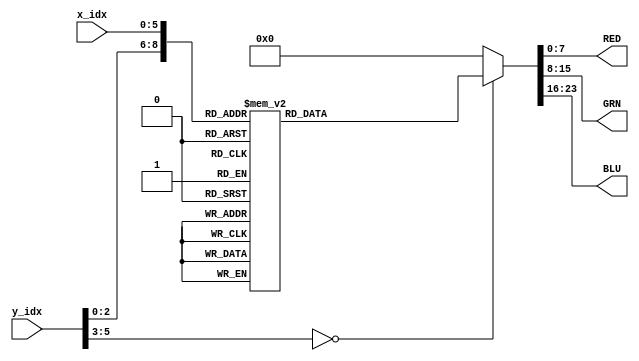
module mario_stand_16x32_rom(
    input  [5:0] x_idx,
    input  [5:0] y_idx,
    output reg [7:0] RED,
    output reg [7:0] GRN,
    output reg [7:0] BLU);
always @ (*)
    case ({y_idx,x_idx})
        0:
begin
RED=8'hff;
GRN=8'hff;
BLU=8'hf6;
end
1:
begin
RED=8'hff;
GRN=8'hff;
BLU=8'hf6;
end
2:
begin
RED=8'hff;
GRN=8'hff;
BLU=8'hf8;
end
3:
begin
RED=8'hff;
GRN=8'hff;
BLU=8'hf3;
end
4:
begin
RED=8'hfd;
GRN=8'hf7;
BLU=8'hdd;
end
5:
begin
RED=8'hff;
GRN=8'hff;
BLU=8'hda;
end
6:
begin
RED=8'hf1;
GRN=8'hdf;
BLU=8'haf;
end
7:
begin
RED=8'hf8;
GRN=8'he1;
BLU=8'hab;
end
8:
begin
RED=8'hf8;
GRN=8'hdd;
BLU=8'ha8;
end
9:
begin
RED=8'hff;
GRN=8'he9;
BLU=8'hbc;
end
10:
begin
RED=8'hea;
GRN=8'hd6;
BLU=8'hb5;
end
11:
begin
RED=8'hff;
GRN=8'hfd;
BLU=8'he8;
end
12:
begin
RED=8'hfb;
GRN=8'hf4;
BLU=8'hea;
end
13:
begin
RED=8'hff;
GRN=8'hff;
BLU=8'hfa;
end
14:
begin
RED=8'hff;
GRN=8'hff;
BLU=8'hfa;
end
15:
begin
RED=8'hff;
GRN=8'hff;
BLU=8'hfa;
end
16:
begin
RED=8'hfb;
GRN=8'hfc;
BLU=8'hf4;
end
17:
begin
RED=8'hff;
GRN=8'hff;
BLU=8'hf6;
end
18:
begin
RED=8'hf8;
GRN=8'hf4;
BLU=8'he9;
end
19:
begin
RED=8'hff;
GRN=8'hfe;
BLU=8'hed;
end
20:
begin
RED=8'hfa;
GRN=8'heb;
BLU=8'hce;
end
21:
begin
RED=8'hf2;
GRN=8'hdf;
BLU=8'hb5;
end
22:
begin
RED=8'hff;
GRN=8'he8;
BLU=8'hb2;
end
23:
begin
RED=8'hfa;
GRN=8'he0;
BLU=8'ha3;
end
24:
begin
RED=8'hff;
GRN=8'he6;
BLU=8'haa;
end
25:
begin
RED=8'he8;
GRN=8'hc8;
BLU=8'h95;
end
26:
begin
RED=8'hd6;
GRN=8'hba;
BLU=8'h95;
end
27:
begin
RED=8'hff;
GRN=8'hfa;
BLU=8'he1;
end
28:
begin
RED=8'hff;
GRN=8'hff;
BLU=8'hef;
end
29:
begin
RED=8'hff;
GRN=8'hff;
BLU=8'hf8;
end
30:
begin
RED=8'hff;
GRN=8'hff;
BLU=8'hfa;
end
31:
begin
RED=8'hfe;
GRN=8'hff;
BLU=8'hfb;
end
32:
begin
RED=8'hfe;
GRN=8'hff;
BLU=8'hfa;
end
33:
begin
RED=8'hff;
GRN=8'hff;
BLU=8'hf4;
end
34:
begin
RED=8'hff;
GRN=8'hfc;
BLU=8'he9;
end
35:
begin
RED=8'hf2;
GRN=8'he2;
BLU=8'hc8;
end
36:
begin
RED=8'hfb;
GRN=8'hde;
BLU=8'hb6;
end
37:
begin
RED=8'hf9;
GRN=8'hd5;
BLU=8'ha1;
end
38:
begin
RED=8'hff;
GRN=8'hdf;
BLU=8'h9d;
end
39:
begin
RED=8'hff;
GRN=8'he6;
BLU=8'h9e;
end
40:
begin
RED=8'hfd;
GRN=8'hd8;
BLU=8'h91;
end
41:
begin
RED=8'hdf;
GRN=8'hb7;
BLU=8'h79;
end
42:
begin
RED=8'hd7;
GRN=8'haf;
BLU=8'h7e;
end
43:
begin
RED=8'hff;
GRN=8'he2;
BLU=8'hbe;
end
44:
begin
RED=8'hff;
GRN=8'hfb;
BLU=8'he2;
end
45:
begin
RED=8'hfa;
GRN=8'hfb;
BLU=8'hed;
end
46:
begin
RED=8'hfc;
GRN=8'hff;
BLU=8'hfb;
end
47:
begin
RED=8'hfb;
GRN=8'hff;
BLU=8'hff;
end
48:
begin
RED=8'hff;
GRN=8'hff;
BLU=8'hfa;
end
49:
begin
RED=8'hfe;
GRN=8'hfa;
BLU=8'hee;
end
50:
begin
RED=8'hff;
GRN=8'hfc;
BLU=8'he4;
end
51:
begin
RED=8'hea;
GRN=8'hc8;
BLU=8'ha3;
end
52:
begin
RED=8'hff;
GRN=8'hcc;
BLU=8'h9d;
end
53:
begin
RED=8'hff;
GRN=8'hdc;
BLU=8'ha1;
end
54:
begin
RED=8'hff;
GRN=8'hd2;
BLU=8'h8c;
end
55:
begin
RED=8'hff;
GRN=8'hd4;
BLU=8'h87;
end
56:
begin
RED=8'hff;
GRN=8'hcc;
BLU=8'h81;
end
57:
begin
RED=8'hff;
GRN=8'hd4;
BLU=8'h8f;
end
58:
begin
RED=8'hff;
GRN=8'hcf;
BLU=8'h94;
end
59:
begin
RED=8'hff;
GRN=8'hd6;
BLU=8'ha5;
end
60:
begin
RED=8'hff;
GRN=8'hf2;
BLU=8'hcd;
end
61:
begin
RED=8'hf3;
GRN=8'hed;
BLU=8'hd5;
end
62:
begin
RED=8'hfd;
GRN=8'hfd;
BLU=8'hf5;
end
63:
begin
RED=8'hfe;
GRN=8'hff;
BLU=8'hff;
end
64:
begin
RED=8'hff;
GRN=8'hfe;
BLU=8'hf8;
end
65:
begin
RED=8'hff;
GRN=8'hf5;
BLU=8'he7;
end
66:
begin
RED=8'hf6;
GRN=8'hcf;
BLU=8'hb0;
end
67:
begin
RED=8'hbb;
GRN=8'h7e;
BLU=8'h51;
end
68:
begin
RED=8'ha9;
GRN=8'h54;
BLU=8'h1b;
end
69:
begin
RED=8'hb0;
GRN=8'h51;
BLU=8'h11;
end
70:
begin
RED=8'hf2;
GRN=8'h95;
BLU=8'h50;
end
71:
begin
RED=8'hff;
GRN=8'ha4;
BLU=8'h5d;
end
72:
begin
RED=8'hb9;
GRN=8'h63;
BLU=8'h1a;
end
73:
begin
RED=8'he3;
GRN=8'h93;
BLU=8'h4a;
end
74:
begin
RED=8'hf5;
GRN=8'hab;
BLU=8'h62;
end
75:
begin
RED=8'hf2;
GRN=8'hb5;
BLU=8'h74;
end
76:
begin
RED=8'hff;
GRN=8'hdb;
BLU=8'ha4;
end
77:
begin
RED=8'hff;
GRN=8'he9;
BLU=8'hc3;
end
78:
begin
RED=8'hff;
GRN=8'hfc;
BLU=8'hec;
end
79:
begin
RED=8'hff;
GRN=8'hfc;
BLU=8'hf6;
end
80:
begin
RED=8'hff;
GRN=8'hf9;
BLU=8'hf1;
end
81:
begin
RED=8'hff;
GRN=8'hf0;
BLU=8'hdc;
end
82:
begin
RED=8'had;
GRN=8'h6f;
BLU=8'h48;
end
83:
begin
RED=8'hd5;
GRN=8'h7e;
BLU=8'h48;
end
84:
begin
RED=8'hff;
GRN=8'h94;
BLU=8'h53;
end
85:
begin
RED=8'hce;
GRN=8'h59;
BLU=8'h13;
end
86:
begin
RED=8'hff;
GRN=8'h97;
BLU=8'h51;
end
87:
begin
RED=8'hfd;
GRN=8'h8e;
BLU=8'h49;
end
88:
begin
RED=8'hb1;
GRN=8'h49;
BLU=8'h2;
end
89:
begin
RED=8'hd4;
GRN=8'h70;
BLU=8'h24;
end
90:
begin
RED=8'he9;
GRN=8'h8e;
BLU=8'h3d;
end
91:
begin
RED=8'hf1;
GRN=8'ha2;
BLU=8'h53;
end
92:
begin
RED=8'he9;
GRN=8'had;
BLU=8'h67;
end
93:
begin
RED=8'he8;
GRN=8'hbd;
BLU=8'h8a;
end
94:
begin
RED=8'hfc;
GRN=8'he2;
BLU=8'hc7;
end
95:
begin
RED=8'hff;
GRN=8'hfc;
BLU=8'hed;
end
96:
begin
RED=8'hff;
GRN=8'hf6;
BLU=8'he5;
end
97:
begin
RED=8'hff;
GRN=8'hd9;
BLU=8'hbc;
end
98:
begin
RED=8'hb5;
GRN=8'h5f;
BLU=8'h2e;
end
99:
begin
RED=8'hff;
GRN=8'h93;
BLU=8'h52;
end
100:
begin
RED=8'hff;
GRN=8'h9b;
BLU=8'h4f;
end
101:
begin
RED=8'hb6;
GRN=8'h3b;
BLU=8'h0;
end
102:
begin
RED=8'hd0;
GRN=8'h5a;
BLU=8'h12;
end
103:
begin
RED=8'hff;
GRN=8'h8d;
BLU=8'h47;
end
104:
begin
RED=8'hff;
GRN=8'h91;
BLU=8'h4b;
end
105:
begin
RED=8'hff;
GRN=8'h96;
BLU=8'h49;
end
106:
begin
RED=8'hf7;
GRN=8'h8d;
BLU=8'h35;
end
107:
begin
RED=8'hff;
GRN=8'ha7;
BLU=8'h4e;
end
108:
begin
RED=8'hf0;
GRN=8'h99;
BLU=8'h4a;
end
109:
begin
RED=8'hde;
GRN=8'h9c;
BLU=8'h5f;
end
110:
begin
RED=8'hda;
GRN=8'hb8;
BLU=8'h92;
end
111:
begin
RED=8'hff;
GRN=8'hf3;
BLU=8'hd6;
end
112:
begin
RED=8'hff;
GRN=8'he5;
BLU=8'hcf;
end
113:
begin
RED=8'ha3;
GRN=8'h6b;
BLU=8'h4a;
end
114:
begin
RED=8'haa;
GRN=8'h46;
BLU=8'h12;
end
115:
begin
RED=8'hff;
GRN=8'h92;
BLU=8'h4e;
end
116:
begin
RED=8'hff;
GRN=8'h87;
BLU=8'h37;
end
117:
begin
RED=8'hd4;
GRN=8'h5a;
BLU=8'h7;
end
118:
begin
RED=8'hbf;
GRN=8'h4b;
BLU=8'h0;
end
119:
begin
RED=8'hff;
GRN=8'h93;
BLU=8'h4a;
end
120:
begin
RED=8'hff;
GRN=8'h98;
BLU=8'h50;
end
121:
begin
RED=8'hff;
GRN=8'h88;
BLU=8'h3c;
end
122:
begin
RED=8'hd9;
GRN=8'h5c;
BLU=8'h8;
end
123:
begin
RED=8'hff;
GRN=8'h88;
BLU=8'h35;
end
124:
begin
RED=8'hff;
GRN=8'h98;
BLU=8'h4d;
end
125:
begin
RED=8'hf3;
GRN=8'ha2;
BLU=8'h63;
end
126:
begin
RED=8'hd0;
GRN=8'ha9;
BLU=8'h80;
end
127:
begin
RED=8'hff;
GRN=8'hf4;
BLU=8'hd6;
end
128:
begin
RED=8'hff;
GRN=8'he1;
BLU=8'hce;
end
129:
begin
RED=8'h9c;
GRN=8'h57;
BLU=8'h3a;
end
130:
begin
RED=8'hb7;
GRN=8'h4b;
BLU=8'h1a;
end
131:
begin
RED=8'hff;
GRN=8'h89;
BLU=8'h47;
end
132:
begin
RED=8'hff;
GRN=8'h97;
BLU=8'h4a;
end
133:
begin
RED=8'hff;
GRN=8'h91;
BLU=8'h3d;
end
134:
begin
RED=8'hff;
GRN=8'h9c;
BLU=8'h48;
end
135:
begin
RED=8'hf7;
GRN=8'h8c;
BLU=8'h3c;
end
136:
begin
RED=8'hcd;
GRN=8'h58;
BLU=8'hb;
end
137:
begin
RED=8'hcd;
GRN=8'h4b;
BLU=8'h0;
end
138:
begin
RED=8'hd5;
GRN=8'h45;
BLU=8'h0;
end
139:
begin
RED=8'hd5;
GRN=8'h46;
BLU=8'h4;
end
140:
begin
RED=8'hcb;
GRN=8'h4a;
BLU=8'h10;
end
141:
begin
RED=8'haa;
GRN=8'h4b;
BLU=8'h1b;
end
142:
begin
RED=8'hff;
GRN=8'hf5;
BLU=8'hd5;
end
143:
begin
RED=8'hff;
GRN=8'hf4;
BLU=8'hdb;
end
144:
begin
RED=8'hff;
GRN=8'he6;
BLU=8'hd7;
end
145:
begin
RED=8'ha1;
GRN=8'h65;
BLU=8'h4d;
end
146:
begin
RED=8'hb6;
GRN=8'h5d;
BLU=8'h33;
end
147:
begin
RED=8'hb9;
GRN=8'h50;
BLU=8'h16;
end
148:
begin
RED=8'hf1;
GRN=8'h85;
BLU=8'h3d;
end
149:
begin
RED=8'hff;
GRN=8'ha1;
BLU=8'h51;
end
150:
begin
RED=8'hfa;
GRN=8'h98;
BLU=8'h41;
end
151:
begin
RED=8'hff;
GRN=8'ha5;
BLU=8'h4d;
end
152:
begin
RED=8'hf7;
GRN=8'h84;
BLU=8'h33;
end
153:
begin
RED=8'hd8;
GRN=8'h58;
BLU=8'hf;
end
154:
begin
RED=8'hdc;
GRN=8'h4c;
BLU=8'hf;
end
155:
begin
RED=8'hd6;
GRN=8'h4d;
BLU=8'h17;
end
156:
begin
RED=8'hbc;
GRN=8'h4c;
BLU=8'h1e;
end
157:
begin
RED=8'hc0;
GRN=8'h72;
BLU=8'h4e;
end
158:
begin
RED=8'hfe;
GRN=8'hde;
BLU=8'hc9;
end
159:
begin
RED=8'hff;
GRN=8'hfe;
BLU=8'hef;
end
160:
begin
RED=8'hff;
GRN=8'hf6;
BLU=8'hef;
end
161:
begin
RED=8'hff;
GRN=8'hf1;
BLU=8'he0;
end
162:
begin
RED=8'hff;
GRN=8'hdb;
BLU=8'hb8;
end
163:
begin
RED=8'ha1;
GRN=8'h65;
BLU=8'h33;
end
164:
begin
RED=8'hbf;
GRN=8'h70;
BLU=8'h35;
end
165:
begin
RED=8'hee;
GRN=8'h96;
BLU=8'h4e;
end
166:
begin
RED=8'hfd;
GRN=8'ha1;
BLU=8'h4c;
end
167:
begin
RED=8'hfa;
GRN=8'h97;
BLU=8'h3c;
end
168:
begin
RED=8'hff;
GRN=8'ha4;
BLU=8'h4f;
end
169:
begin
RED=8'hff;
GRN=8'h93;
BLU=8'h48;
end
170:
begin
RED=8'hef;
GRN=8'h7b;
BLU=8'h42;
end
171:
begin
RED=8'hff;
GRN=8'h9f;
BLU=8'h73;
end
172:
begin
RED=8'he6;
GRN=8'ha2;
BLU=8'h7b;
end
173:
begin
RED=8'hf7;
GRN=8'hd4;
BLU=8'hb8;
end
174:
begin
RED=8'hff;
GRN=8'hfe;
BLU=8'hf3;
end
175:
begin
RED=8'hf9;
GRN=8'hff;
BLU=8'hfb;
end
176:
begin
RED=8'hff;
GRN=8'hff;
BLU=8'hfd;
end
177:
begin
RED=8'hff;
GRN=8'hf7;
BLU=8'hec;
end
178:
begin
RED=8'hff;
GRN=8'hfb;
BLU=8'hdf;
end
179:
begin
RED=8'hff;
GRN=8'hdf;
BLU=8'hb5;
end
180:
begin
RED=8'hf2;
GRN=8'hb3;
BLU=8'h80;
end
181:
begin
RED=8'hfe;
GRN=8'haa;
BLU=8'h6a;
end
182:
begin
RED=8'hff;
GRN=8'h9f;
BLU=8'h51;
end
183:
begin
RED=8'hff;
GRN=8'h97;
BLU=8'h41;
end
184:
begin
RED=8'hff;
GRN=8'h88;
BLU=8'h36;
end
185:
begin
RED=8'hf6;
GRN=8'h84;
BLU=8'h3d;
end
186:
begin
RED=8'he3;
GRN=8'h80;
BLU=8'h49;
end
187:
begin
RED=8'hff;
GRN=8'hc5;
BLU=8'h9b;
end
188:
begin
RED=8'hff;
GRN=8'hf6;
BLU=8'hd3;
end
189:
begin
RED=8'hff;
GRN=8'hfc;
BLU=8'he4;
end
190:
begin
RED=8'hfe;
GRN=8'hfd;
BLU=8'hf8;
end
191:
begin
RED=8'hf6;
GRN=8'hfe;
BLU=8'hff;
end
192:
begin
RED=8'hfe;
GRN=8'hff;
BLU=8'hff;
end
193:
begin
RED=8'hef;
GRN=8'he6;
BLU=8'hdf;
end
194:
begin
RED=8'hff;
GRN=8'hf9;
BLU=8'he3;
end
195:
begin
RED=8'hff;
GRN=8'hd5;
BLU=8'hb1;
end
196:
begin
RED=8'hc1;
GRN=8'h7d;
BLU=8'h50;
end
197:
begin
RED=8'hff;
GRN=8'hab;
BLU=8'h75;
end
198:
begin
RED=8'hce;
GRN=8'h51;
BLU=8'hf;
end
199:
begin
RED=8'hd1;
GRN=8'h42;
BLU=8'h0;
end
200:
begin
RED=8'hdc;
GRN=8'h4c;
BLU=8'h6;
end
201:
begin
RED=8'hd7;
GRN=8'h57;
BLU=8'h16;
end
202:
begin
RED=8'hee;
GRN=8'h93;
BLU=8'h5c;
end
203:
begin
RED=8'hbd;
GRN=8'h7d;
BLU=8'h4f;
end
204:
begin
RED=8'hfd;
GRN=8'hd1;
BLU=8'hac;
end
205:
begin
RED=8'hff;
GRN=8'hfa;
BLU=8'he1;
end
206:
begin
RED=8'hf6;
GRN=8'he9;
BLU=8'he3;
end
207:
begin
RED=8'hff;
GRN=8'hfd;
BLU=8'hff;
end
208:
begin
RED=8'hfc;
GRN=8'hf4;
BLU=8'hf1;
end
209:
begin
RED=8'hff;
GRN=8'hf9;
BLU=8'hef;
end
210:
begin
RED=8'hff;
GRN=8'hcc;
BLU=8'hb5;
end
211:
begin
RED=8'hb3;
GRN=8'h69;
BLU=8'h46;
end
212:
begin
RED=8'h95;
GRN=8'h44;
BLU=8'h17;
end
213:
begin
RED=8'hff;
GRN=8'hbf;
BLU=8'h89;
end
214:
begin
RED=8'hd9;
GRN=8'h4d;
BLU=8'h12;
end
215:
begin
RED=8'he4;
GRN=8'h41;
BLU=8'h6;
end
216:
begin
RED=8'hda;
GRN=8'h37;
BLU=8'h0;
end
217:
begin
RED=8'hdc;
GRN=8'h50;
BLU=8'h15;
end
218:
begin
RED=8'hff;
GRN=8'hb9;
BLU=8'h82;
end
219:
begin
RED=8'h95;
GRN=8'h4d;
BLU=8'h1b;
end
220:
begin
RED=8'hb2;
GRN=8'h6d;
BLU=8'h46;
end
221:
begin
RED=8'hff;
GRN=8'hcb;
BLU=8'hb2;
end
222:
begin
RED=8'hff;
GRN=8'hf7;
BLU=8'hed;
end
223:
begin
RED=8'hff;
GRN=8'hfa;
BLU=8'hf8;
end
224:
begin
RED=8'hff;
GRN=8'hf4;
BLU=8'he6;
end
225:
begin
RED=8'hff;
GRN=8'hd0;
BLU=8'hbc;
end
226:
begin
RED=8'hc8;
GRN=8'h5c;
BLU=8'h3f;
end
227:
begin
RED=8'hc0;
GRN=8'h46;
BLU=8'h1d;
end
228:
begin
RED=8'hc7;
GRN=8'h64;
BLU=8'h2b;
end
229:
begin
RED=8'hff;
GRN=8'hb0;
BLU=8'h72;
end
230:
begin
RED=8'hcd;
GRN=8'h38;
BLU=8'h0;
end
231:
begin
RED=8'hf2;
GRN=8'h48;
BLU=8'h14;
end
232:
begin
RED=8'hee;
GRN=8'h40;
BLU=8'he;
end
233:
begin
RED=8'hd8;
GRN=8'h3c;
BLU=8'h9;
end
234:
begin
RED=8'hff;
GRN=8'hb2;
BLU=8'h78;
end
235:
begin
RED=8'hbc;
GRN=8'h57;
BLU=8'h21;
end
236:
begin
RED=8'hb5;
GRN=8'h3e;
BLU=8'h14;
end
237:
begin
RED=8'hcd;
GRN=8'h64;
BLU=8'h47;
end
238:
begin
RED=8'hff;
GRN=8'hcf;
BLU=8'hbb;
end
239:
begin
RED=8'hff;
GRN=8'hf2;
BLU=8'he4;
end
240:
begin
RED=8'hff;
GRN=8'hdf;
BLU=8'hc5;
end
241:
begin
RED=8'hb4;
GRN=8'h5f;
BLU=8'h42;
end
242:
begin
RED=8'hc7;
GRN=8'h41;
BLU=8'h1b;
end
243:
begin
RED=8'hd1;
GRN=8'h45;
BLU=8'h14;
end
244:
begin
RED=8'hb8;
GRN=8'h51;
BLU=8'h16;
end
245:
begin
RED=8'hff;
GRN=8'hb8;
BLU=8'h7a;
end
246:
begin
RED=8'hdc;
GRN=8'h4b;
BLU=8'h14;
end
247:
begin
RED=8'he4;
GRN=8'h3c;
BLU=8'hb;
end
248:
begin
RED=8'hea;
GRN=8'h3e;
BLU=8'he;
end
249:
begin
RED=8'hd8;
GRN=8'h3e;
BLU=8'hc;
end
250:
begin
RED=8'hff;
GRN=8'hbb;
BLU=8'h83;
end
251:
begin
RED=8'hbe;
GRN=8'h53;
BLU=8'h1b;
end
252:
begin
RED=8'hd1;
GRN=8'h44;
BLU=8'h17;
end
253:
begin
RED=8'hc3;
GRN=8'h3f;
BLU=8'h19;
end
254:
begin
RED=8'hae;
GRN=8'h5d;
BLU=8'h40;
end
255:
begin
RED=8'hff;
GRN=8'he2;
BLU=8'hc7;
end
256:
begin
RED=8'hff;
GRN=8'hc8;
BLU=8'ha1;
end
257:
begin
RED=8'hc3;
GRN=8'h52;
BLU=8'h28;
end
258:
begin
RED=8'hd1;
GRN=8'h43;
BLU=8'h13;
end
259:
begin
RED=8'hca;
GRN=8'h47;
BLU=8'h11;
end
260:
begin
RED=8'hff;
GRN=8'hca;
BLU=8'h91;
end
261:
begin
RED=8'hff;
GRN=8'hc2;
BLU=8'h89;
end
262:
begin
RED=8'hce;
GRN=8'h48;
BLU=8'h13;
end
263:
begin
RED=8'he0;
GRN=8'h44;
BLU=8'h11;
end
264:
begin
RED=8'he3;
GRN=8'h46;
BLU=8'h13;
end
265:
begin
RED=8'hd0;
GRN=8'h48;
BLU=8'h16;
end
266:
begin
RED=8'hff;
GRN=8'hc0;
BLU=8'h8b;
end
267:
begin
RED=8'hff;
GRN=8'hc8;
BLU=8'h93;
end
268:
begin
RED=8'hcc;
GRN=8'h46;
BLU=8'h13;
end
269:
begin
RED=8'hd1;
GRN=8'h45;
BLU=8'h14;
end
270:
begin
RED=8'hc4;
GRN=8'h53;
BLU=8'h2b;
end
271:
begin
RED=8'hff;
GRN=8'hc9;
BLU=8'ha2;
end
272:
begin
RED=8'hd8;
GRN=8'h51;
BLU=8'h24;
end
273:
begin
RED=8'hd0;
GRN=8'h44;
BLU=8'h13;
end
274:
begin
RED=8'hde;
GRN=8'h47;
BLU=8'h10;
end
275:
begin
RED=8'hc9;
GRN=8'h47;
BLU=8'hd;
end
276:
begin
RED=8'hff;
GRN=8'hc7;
BLU=8'h8f;
end
277:
begin
RED=8'hff;
GRN=8'hc3;
BLU=8'h8c;
end
278:
begin
RED=8'hc8;
GRN=8'h60;
BLU=8'h29;
end
279:
begin
RED=8'hc1;
GRN=8'h48;
BLU=8'h11;
end
280:
begin
RED=8'hc2;
GRN=8'h49;
BLU=8'h12;
end
281:
begin
RED=8'hc8;
GRN=8'h60;
BLU=8'h29;
end
282:
begin
RED=8'hff;
GRN=8'hc3;
BLU=8'h8c;
end
283:
begin
RED=8'hff;
GRN=8'hc7;
BLU=8'h8f;
end
284:
begin
RED=8'hc9;
GRN=8'h47;
BLU=8'hd;
end
285:
begin
RED=8'hde;
GRN=8'h47;
BLU=8'h10;
end
286:
begin
RED=8'hd0;
GRN=8'h44;
BLU=8'h13;
end
287:
begin
RED=8'hd9;
GRN=8'h52;
BLU=8'h23;
end
288:
begin
RED=8'hd8;
GRN=8'h38;
BLU=8'h6;
end
289:
begin
RED=8'he9;
GRN=8'h48;
BLU=8'h12;
end
290:
begin
RED=8'hdf;
GRN=8'h3b;
BLU=8'h0;
end
291:
begin
RED=8'hd5;
GRN=8'h4d;
BLU=8'h11;
end
292:
begin
RED=8'hff;
GRN=8'hce;
BLU=8'h95;
end
293:
begin
RED=8'hff;
GRN=8'hda;
BLU=8'ha2;
end
294:
begin
RED=8'hff;
GRN=8'hcb;
BLU=8'h8f;
end
295:
begin
RED=8'hff;
GRN=8'hcc;
BLU=8'h8f;
end
296:
begin
RED=8'hff;
GRN=8'hcc;
BLU=8'h8f;
end
297:
begin
RED=8'hff;
GRN=8'hca;
BLU=8'h8e;
end
298:
begin
RED=8'hff;
GRN=8'hda;
BLU=8'ha2;
end
299:
begin
RED=8'hff;
GRN=8'hcd;
BLU=8'h94;
end
300:
begin
RED=8'hd4;
GRN=8'h4c;
BLU=8'h10;
end
301:
begin
RED=8'hde;
GRN=8'h3a;
BLU=8'h0;
end
302:
begin
RED=8'he9;
GRN=8'h48;
BLU=8'h12;
end
303:
begin
RED=8'hd8;
GRN=8'h38;
BLU=8'h4;
end
304:
begin
RED=8'he5;
GRN=8'h4a;
BLU=8'h11;
end
305:
begin
RED=8'he2;
GRN=8'h49;
BLU=8'hd;
end
306:
begin
RED=8'hd2;
GRN=8'h3a;
BLU=8'h0;
end
307:
begin
RED=8'hd8;
GRN=8'h5d;
BLU=8'h1a;
end
308:
begin
RED=8'hf9;
GRN=8'hb9;
BLU=8'h7c;
end
309:
begin
RED=8'hdf;
GRN=8'hbb;
BLU=8'h81;
end
310:
begin
RED=8'hf6;
GRN=8'hd4;
BLU=8'h97;
end
311:
begin
RED=8'hff;
GRN=8'he1;
BLU=8'ha2;
end
312:
begin
RED=8'hff;
GRN=8'he1;
BLU=8'ha2;
end
313:
begin
RED=8'hf6;
GRN=8'hd4;
BLU=8'h97;
end
314:
begin
RED=8'hde;
GRN=8'hba;
BLU=8'h80;
end
315:
begin
RED=8'hf8;
GRN=8'hb8;
BLU=8'h7b;
end
316:
begin
RED=8'hd7;
GRN=8'h5c;
BLU=8'h19;
end
317:
begin
RED=8'hd1;
GRN=8'h39;
BLU=8'h0;
end
318:
begin
RED=8'he1;
GRN=8'h48;
BLU=8'hc;
end
319:
begin
RED=8'he4;
GRN=8'h4b;
BLU=8'h11;
end
320:
begin
RED=8'hff;
GRN=8'h8c;
BLU=8'h4b;
end
321:
begin
RED=8'hff;
GRN=8'h95;
BLU=8'h4f;
end
322:
begin
RED=8'hff;
GRN=8'h9a;
BLU=8'h4b;
end
323:
begin
RED=8'hff;
GRN=8'ha7;
BLU=8'h59;
end
324:
begin
RED=8'hff;
GRN=8'hdb;
BLU=8'h99;
end
325:
begin
RED=8'hfc;
GRN=8'hdc;
BLU=8'ha1;
end
326:
begin
RED=8'hff;
GRN=8'he5;
BLU=8'hab;
end
327:
begin
RED=8'hff;
GRN=8'he3;
BLU=8'ha9;
end
328:
begin
RED=8'hff;
GRN=8'he2;
BLU=8'ha8;
end
329:
begin
RED=8'hff;
GRN=8'he4;
BLU=8'haa;
end
330:
begin
RED=8'hfb;
GRN=8'hdb;
BLU=8'ha0;
end
331:
begin
RED=8'hff;
GRN=8'hdb;
BLU=8'h99;
end
332:
begin
RED=8'hff;
GRN=8'ha7;
BLU=8'h59;
end
333:
begin
RED=8'hff;
GRN=8'h99;
BLU=8'h4a;
end
334:
begin
RED=8'hff;
GRN=8'h94;
BLU=8'h4e;
end
335:
begin
RED=8'hfd;
GRN=8'h8c;
BLU=8'h4a;
end
336:
begin
RED=8'hf9;
GRN=8'hab;
BLU=8'h69;
end
337:
begin
RED=8'hf1;
GRN=8'ha3;
BLU=8'h5b;
end
338:
begin
RED=8'hf1;
GRN=8'h9e;
BLU=8'h4e;
end
339:
begin
RED=8'he4;
GRN=8'h9d;
BLU=8'h4d;
end
340:
begin
RED=8'hfc;
GRN=8'hd1;
BLU=8'h8d;
end
341:
begin
RED=8'hff;
GRN=8'he2;
BLU=8'ha4;
end
342:
begin
RED=8'hfe;
GRN=8'hde;
BLU=8'ha5;
end
343:
begin
RED=8'hff;
GRN=8'hdf;
BLU=8'ha6;
end
344:
begin
RED=8'hff;
GRN=8'hde;
BLU=8'ha8;
end
345:
begin
RED=8'hfd;
GRN=8'hdd;
BLU=8'ha4;
end
346:
begin
RED=8'hff;
GRN=8'he2;
BLU=8'ha4;
end
347:
begin
RED=8'hfc;
GRN=8'hd1;
BLU=8'h8d;
end
348:
begin
RED=8'he4;
GRN=8'h9d;
BLU=8'h4d;
end
349:
begin
RED=8'hf1;
GRN=8'h9e;
BLU=8'h4e;
end
350:
begin
RED=8'hf1;
GRN=8'ha3;
BLU=8'h5b;
end
351:
begin
RED=8'hf9;
GRN=8'hab;
BLU=8'h69;
end
352:
begin
RED=8'hff;
GRN=8'he6;
BLU=8'haf;
end
353:
begin
RED=8'he2;
GRN=8'hae;
BLU=8'h72;
end
354:
begin
RED=8'he2;
GRN=8'ha2;
BLU=8'h5a;
end
355:
begin
RED=8'hf1;
GRN=8'hb3;
BLU=8'h6a;
end
356:
begin
RED=8'hff;
GRN=8'hdd;
BLU=8'h9c;
end
357:
begin
RED=8'hff;
GRN=8'he4;
BLU=8'ha7;
end
358:
begin
RED=8'hf8;
GRN=8'hde;
BLU=8'ha3;
end
359:
begin
RED=8'hfb;
GRN=8'he2;
BLU=8'ha9;
end
360:
begin
RED=8'hfa;
GRN=8'he1;
BLU=8'ha9;
end
361:
begin
RED=8'hf8;
GRN=8'hde;
BLU=8'ha3;
end
362:
begin
RED=8'hff;
GRN=8'he5;
BLU=8'ha8;
end
363:
begin
RED=8'hff;
GRN=8'hde;
BLU=8'h9d;
end
364:
begin
RED=8'hf2;
GRN=8'hb4;
BLU=8'h6b;
end
365:
begin
RED=8'he3;
GRN=8'ha3;
BLU=8'h5b;
end
366:
begin
RED=8'he2;
GRN=8'hae;
BLU=8'h72;
end
367:
begin
RED=8'hff;
GRN=8'he5;
BLU=8'hae;
end
368:
begin
RED=8'hff;
GRN=8'hf8;
BLU=8'hcb;
end
369:
begin
RED=8'hca;
GRN=8'hac;
BLU=8'h78;
end
370:
begin
RED=8'hde;
GRN=8'hac;
BLU=8'h6d;
end
371:
begin
RED=8'hff;
GRN=8'hd0;
BLU=8'h8c;
end
372:
begin
RED=8'hff;
GRN=8'hdf;
BLU=8'ha1;
end
373:
begin
RED=8'hfc;
GRN=8'hdd;
BLU=8'ha4;
end
374:
begin
RED=8'hfe;
GRN=8'he4;
BLU=8'hb1;
end
375:
begin
RED=8'hf9;
GRN=8'he3;
BLU=8'hb1;
end
376:
begin
RED=8'hf9;
GRN=8'he3;
BLU=8'hb2;
end
377:
begin
RED=8'hfe;
GRN=8'he4;
BLU=8'hb1;
end
378:
begin
RED=8'hfd;
GRN=8'hde;
BLU=8'ha5;
end
379:
begin
RED=8'hff;
GRN=8'he0;
BLU=8'ha2;
end
380:
begin
RED=8'hff;
GRN=8'hd1;
BLU=8'h8d;
end
381:
begin
RED=8'hdf;
GRN=8'had;
BLU=8'h6e;
end
382:
begin
RED=8'hcb;
GRN=8'had;
BLU=8'h79;
end
383:
begin
RED=8'hff;
GRN=8'hf8;
BLU=8'hcb;
end
384:
begin
RED=8'hff;
GRN=8'hfd;
BLU=8'hdd;
end
385:
begin
RED=8'hff;
GRN=8'hf8;
BLU=8'hcf;
end
386:
begin
RED=8'hff;
GRN=8'hdc;
BLU=8'ha4;
end
387:
begin
RED=8'hff;
GRN=8'hdd;
BLU=8'h9f;
end
388:
begin
RED=8'hff;
GRN=8'he8;
BLU=8'hac;
end
389:
begin
RED=8'hf6;
GRN=8'hdc;
BLU=8'ha9;
end
390:
begin
RED=8'hf1;
GRN=8'hd8;
BLU=8'hb0;
end
391:
begin
RED=8'hfc;
GRN=8'he2;
BLU=8'hbf;
end
392:
begin
RED=8'hfb;
GRN=8'he1;
BLU=8'hc0;
end
393:
begin
RED=8'hf4;
GRN=8'hdb;
BLU=8'hb3;
end
394:
begin
RED=8'hf7;
GRN=8'hdd;
BLU=8'haa;
end
395:
begin
RED=8'hff;
GRN=8'he6;
BLU=8'haa;
end
396:
begin
RED=8'hff;
GRN=8'hde;
BLU=8'ha0;
end
397:
begin
RED=8'hfe;
GRN=8'hdb;
BLU=8'ha3;
end
398:
begin
RED=8'hff;
GRN=8'hf5;
BLU=8'hcc;
end
399:
begin
RED=8'hff;
GRN=8'hfe;
BLU=8'hde;
end
400:
begin
RED=8'hff;
GRN=8'hff;
BLU=8'he7;
end
401:
begin
RED=8'hf4;
GRN=8'he9;
BLU=8'hc9;
end
402:
begin
RED=8'hff;
GRN=8'he2;
BLU=8'hb0;
end
403:
begin
RED=8'hfe;
GRN=8'hdb;
BLU=8'ha1;
end
404:
begin
RED=8'hfa;
GRN=8'he0;
BLU=8'ha7;
end
405:
begin
RED=8'hfc;
GRN=8'he6;
BLU=8'hb5;
end
406:
begin
RED=8'hfa;
GRN=8'he6;
BLU=8'hc5;
end
407:
begin
RED=8'hff;
GRN=8'hf9;
BLU=8'he0;
end
408:
begin
RED=8'hff;
GRN=8'hf7;
BLU=8'hde;
end
409:
begin
RED=8'hfd;
GRN=8'he9;
BLU=8'hc8;
end
410:
begin
RED=8'hfc;
GRN=8'he6;
BLU=8'hb5;
end
411:
begin
RED=8'hf9;
GRN=8'hdf;
BLU=8'ha6;
end
412:
begin
RED=8'hff;
GRN=8'hdc;
BLU=8'ha2;
end
413:
begin
RED=8'hff;
GRN=8'he1;
BLU=8'haf;
end
414:
begin
RED=8'hf2;
GRN=8'he7;
BLU=8'hc7;
end
415:
begin
RED=8'hff;
GRN=8'hff;
BLU=8'he8;
end
416:
begin
RED=8'hfd;
GRN=8'hf7;
BLU=8'he7;
end
417:
begin
RED=8'hed;
GRN=8'hdd;
BLU=8'hc3;
end
418:
begin
RED=8'hff;
GRN=8'he2;
BLU=8'hb6;
end
419:
begin
RED=8'hff;
GRN=8'hde;
BLU=8'ha8;
end
420:
begin
RED=8'hfb;
GRN=8'hdc;
BLU=8'ha5;
end
421:
begin
RED=8'hfd;
GRN=8'he8;
BLU=8'hb9;
end
422:
begin
RED=8'hfb;
GRN=8'hf2;
BLU=8'hd5;
end
423:
begin
RED=8'hff;
GRN=8'hff;
BLU=8'hea;
end
424:
begin
RED=8'hff;
GRN=8'hfd;
BLU=8'he8;
end
425:
begin
RED=8'hfc;
GRN=8'hf3;
BLU=8'hd6;
end
426:
begin
RED=8'hfd;
GRN=8'he8;
BLU=8'hb9;
end
427:
begin
RED=8'hfb;
GRN=8'hdc;
BLU=8'ha5;
end
428:
begin
RED=8'hff;
GRN=8'hde;
BLU=8'ha8;
end
429:
begin
RED=8'hff;
GRN=8'he2;
BLU=8'hb6;
end
430:
begin
RED=8'hec;
GRN=8'hdc;
BLU=8'hc2;
end
431:
begin
RED=8'hff;
GRN=8'hf9;
BLU=8'he9;
end
432:
begin
RED=8'hff;
GRN=8'hfe;
BLU=8'he9;
end
433:
begin
RED=8'hff;
GRN=8'he8;
BLU=8'hcc;
end
434:
begin
RED=8'hff;
GRN=8'hc9;
BLU=8'h9d;
end
435:
begin
RED=8'hff;
GRN=8'hc9;
BLU=8'h95;
end
436:
begin
RED=8'hff;
GRN=8'hc9;
BLU=8'h99;
end
437:
begin
RED=8'hfc;
GRN=8'hcf;
BLU=8'ha6;
end
438:
begin
RED=8'hff;
GRN=8'hfe;
BLU=8'he4;
end
439:
begin
RED=8'hff;
GRN=8'hff;
BLU=8'hef;
end
440:
begin
RED=8'hff;
GRN=8'hff;
BLU=8'hf1;
end
441:
begin
RED=8'hff;
GRN=8'hfe;
BLU=8'he4;
end
442:
begin
RED=8'hfc;
GRN=8'hcf;
BLU=8'ha6;
end
443:
begin
RED=8'hff;
GRN=8'hca;
BLU=8'h99;
end
444:
begin
RED=8'hff;
GRN=8'hc9;
BLU=8'h95;
end
445:
begin
RED=8'hff;
GRN=8'hc9;
BLU=8'h9d;
end
446:
begin
RED=8'hff;
GRN=8'he8;
BLU=8'hcc;
end
447:
begin
RED=8'hff;
GRN=8'hff;
BLU=8'hea;
end
448:
begin
RED=8'hff;
GRN=8'hfc;
BLU=8'hd9;
end
449:
begin
RED=8'hff;
GRN=8'hdc;
BLU=8'hb6;
end
450:
begin
RED=8'hb9;
GRN=8'h63;
BLU=8'h34;
end
451:
begin
RED=8'hc1;
GRN=8'h4e;
BLU=8'h1f;
end
452:
begin
RED=8'hc9;
GRN=8'h4f;
BLU=8'h26;
end
453:
begin
RED=8'hba;
GRN=8'h5b;
BLU=8'h3b;
end
454:
begin
RED=8'hff;
GRN=8'hea;
BLU=8'hd7;
end
455:
begin
RED=8'hff;
GRN=8'hf9;
BLU=8'heb;
end
456:
begin
RED=8'hfe;
GRN=8'hf8;
BLU=8'hec;
end
457:
begin
RED=8'hff;
GRN=8'he9;
BLU=8'hd5;
end
458:
begin
RED=8'hba;
GRN=8'h5b;
BLU=8'h3d;
end
459:
begin
RED=8'hc8;
GRN=8'h51;
BLU=8'h27;
end
460:
begin
RED=8'hc0;
GRN=8'h4d;
BLU=8'h1e;
end
461:
begin
RED=8'hb9;
GRN=8'h63;
BLU=8'h34;
end
462:
begin
RED=8'hff;
GRN=8'hdd;
BLU=8'hb7;
end
463:
begin
RED=8'hff;
GRN=8'hfe;
BLU=8'hdb;
end
464:
begin
RED=8'hff;
GRN=8'hed;
BLU=8'hc5;
end
465:
begin
RED=8'hff;
GRN=8'hd8;
BLU=8'hab;
end
466:
begin
RED=8'hcd;
GRN=8'h53;
BLU=8'h20;
end
467:
begin
RED=8'hd2;
GRN=8'h3f;
BLU=8'hc;
end
468:
begin
RED=8'hd7;
GRN=8'h3b;
BLU=8'h13;
end
469:
begin
RED=8'hb9;
GRN=8'h40;
BLU=8'h23;
end
470:
begin
RED=8'hff;
GRN=8'hef;
BLU=8'hdf;
end
471:
begin
RED=8'hff;
GRN=8'hfd;
BLU=8'hf4;
end
472:
begin
RED=8'hff;
GRN=8'hfd;
BLU=8'hf4;
end
473:
begin
RED=8'hff;
GRN=8'hed;
BLU=8'hdd;
end
474:
begin
RED=8'hb9;
GRN=8'h40;
BLU=8'h23;
end
475:
begin
RED=8'hd9;
GRN=8'h3d;
BLU=8'h15;
end
476:
begin
RED=8'hd1;
GRN=8'h3e;
BLU=8'hb;
end
477:
begin
RED=8'hcc;
GRN=8'h52;
BLU=8'h1f;
end
478:
begin
RED=8'hff;
GRN=8'hd9;
BLU=8'hac;
end
479:
begin
RED=8'hff;
GRN=8'hed;
BLU=8'hc5;
end
480:
begin
RED=8'hcc;
GRN=8'h44;
BLU=8'h1e;
end
481:
begin
RED=8'he2;
GRN=8'h51;
BLU=8'h25;
end
482:
begin
RED=8'hd1;
GRN=8'h2e;
BLU=8'h0;
end
483:
begin
RED=8'he9;
GRN=8'h3e;
BLU=8'h6;
end
484:
begin
RED=8'heb;
GRN=8'h43;
BLU=8'h16;
end
485:
begin
RED=8'hcb;
GRN=8'h4c;
BLU=8'h2c;
end
486:
begin
RED=8'hff;
GRN=8'he8;
BLU=8'hd8;
end
487:
begin
RED=8'hfb;
GRN=8'hf7;
BLU=8'hee;
end
488:
begin
RED=8'hfc;
GRN=8'hf8;
BLU=8'hef;
end
489:
begin
RED=8'hff;
GRN=8'he7;
BLU=8'hd7;
end
490:
begin
RED=8'hcc;
GRN=8'h4d;
BLU=8'h2d;
end
491:
begin
RED=8'hed;
GRN=8'h45;
BLU=8'h18;
end
492:
begin
RED=8'he7;
GRN=8'h3c;
BLU=8'h4;
end
493:
begin
RED=8'hcf;
GRN=8'h2c;
BLU=8'h0;
end
494:
begin
RED=8'he3;
GRN=8'h52;
BLU=8'h26;
end
495:
begin
RED=8'hca;
GRN=8'h44;
BLU=8'h1e;
end
496:
begin
RED=8'he9;
GRN=8'h39;
BLU=8'h14;
end
497:
begin
RED=8'hec;
GRN=8'h39;
BLU=8'he;
end
498:
begin
RED=8'hf8;
GRN=8'h41;
BLU=8'h5;
end
499:
begin
RED=8'hf9;
GRN=8'h42;
BLU=8'h6;
end
500:
begin
RED=8'he3;
GRN=8'h35;
BLU=8'h3;
end
501:
begin
RED=8'hcd;
GRN=8'h4d;
BLU=8'h2a;
end
502:
begin
RED=8'hff;
GRN=8'he0;
BLU=8'hd1;
end
503:
begin
RED=8'hff;
GRN=8'hff;
BLU=8'hf8;
end
504:
begin
RED=8'hff;
GRN=8'hff;
BLU=8'hf8;
end
505:
begin
RED=8'hff;
GRN=8'hdf;
BLU=8'hcf;
end
506:
begin
RED=8'hce;
GRN=8'h4d;
BLU=8'h2d;
end
507:
begin
RED=8'he5;
GRN=8'h37;
BLU=8'h5;
end
508:
begin
RED=8'hf6;
GRN=8'h3f;
BLU=8'h3;
end
509:
begin
RED=8'hf6;
GRN=8'h3f;
BLU=8'h3;
end
510:
begin
RED=8'hed;
GRN=8'h3a;
BLU=8'hf;
end
511:
begin
RED=8'he7;
GRN=8'h37;
BLU=8'h12;
end

        default:
        begin
            RED=8'h00;
            GRN=8'h00;
            BLU=8'h00;
        end
    endcase
endmodule